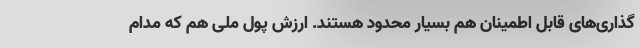
‌گذاری‌های قابل اطمینان هم بسیار محدود هستند. ارزش پول ملی هم که مدام